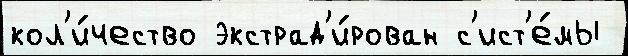
кол'и́чество экстрад'и́рован с'ист'е́мы